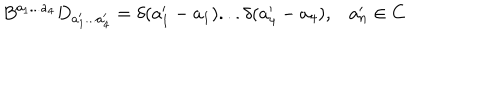
LaTeX: B ^ { a _ { 1 } . . . a _ { 4 } } D _ { a _ { 1 } ^ { \prime } . . . a _ { 4 } ^ { \prime } } = \delta ( a _ { 1 } ^ { \prime } - a _ { 1 } ) . . . \delta ( a _ { 4 } ^ { \prime } - a _ { 4 } ) , a _ { n } ^ { \prime } \in C